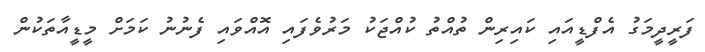
ފަރީދީމަގު އެފްޑީއައި ކައިރިން ތުއްތު ކުއްޖަކު މަރުވެފައި އޮއްވައި ފެނުނު ކަމަށް މީޑީއާތަކުން